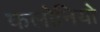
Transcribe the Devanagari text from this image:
कलोनियो